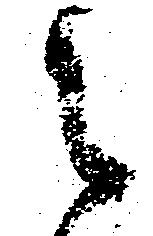
々